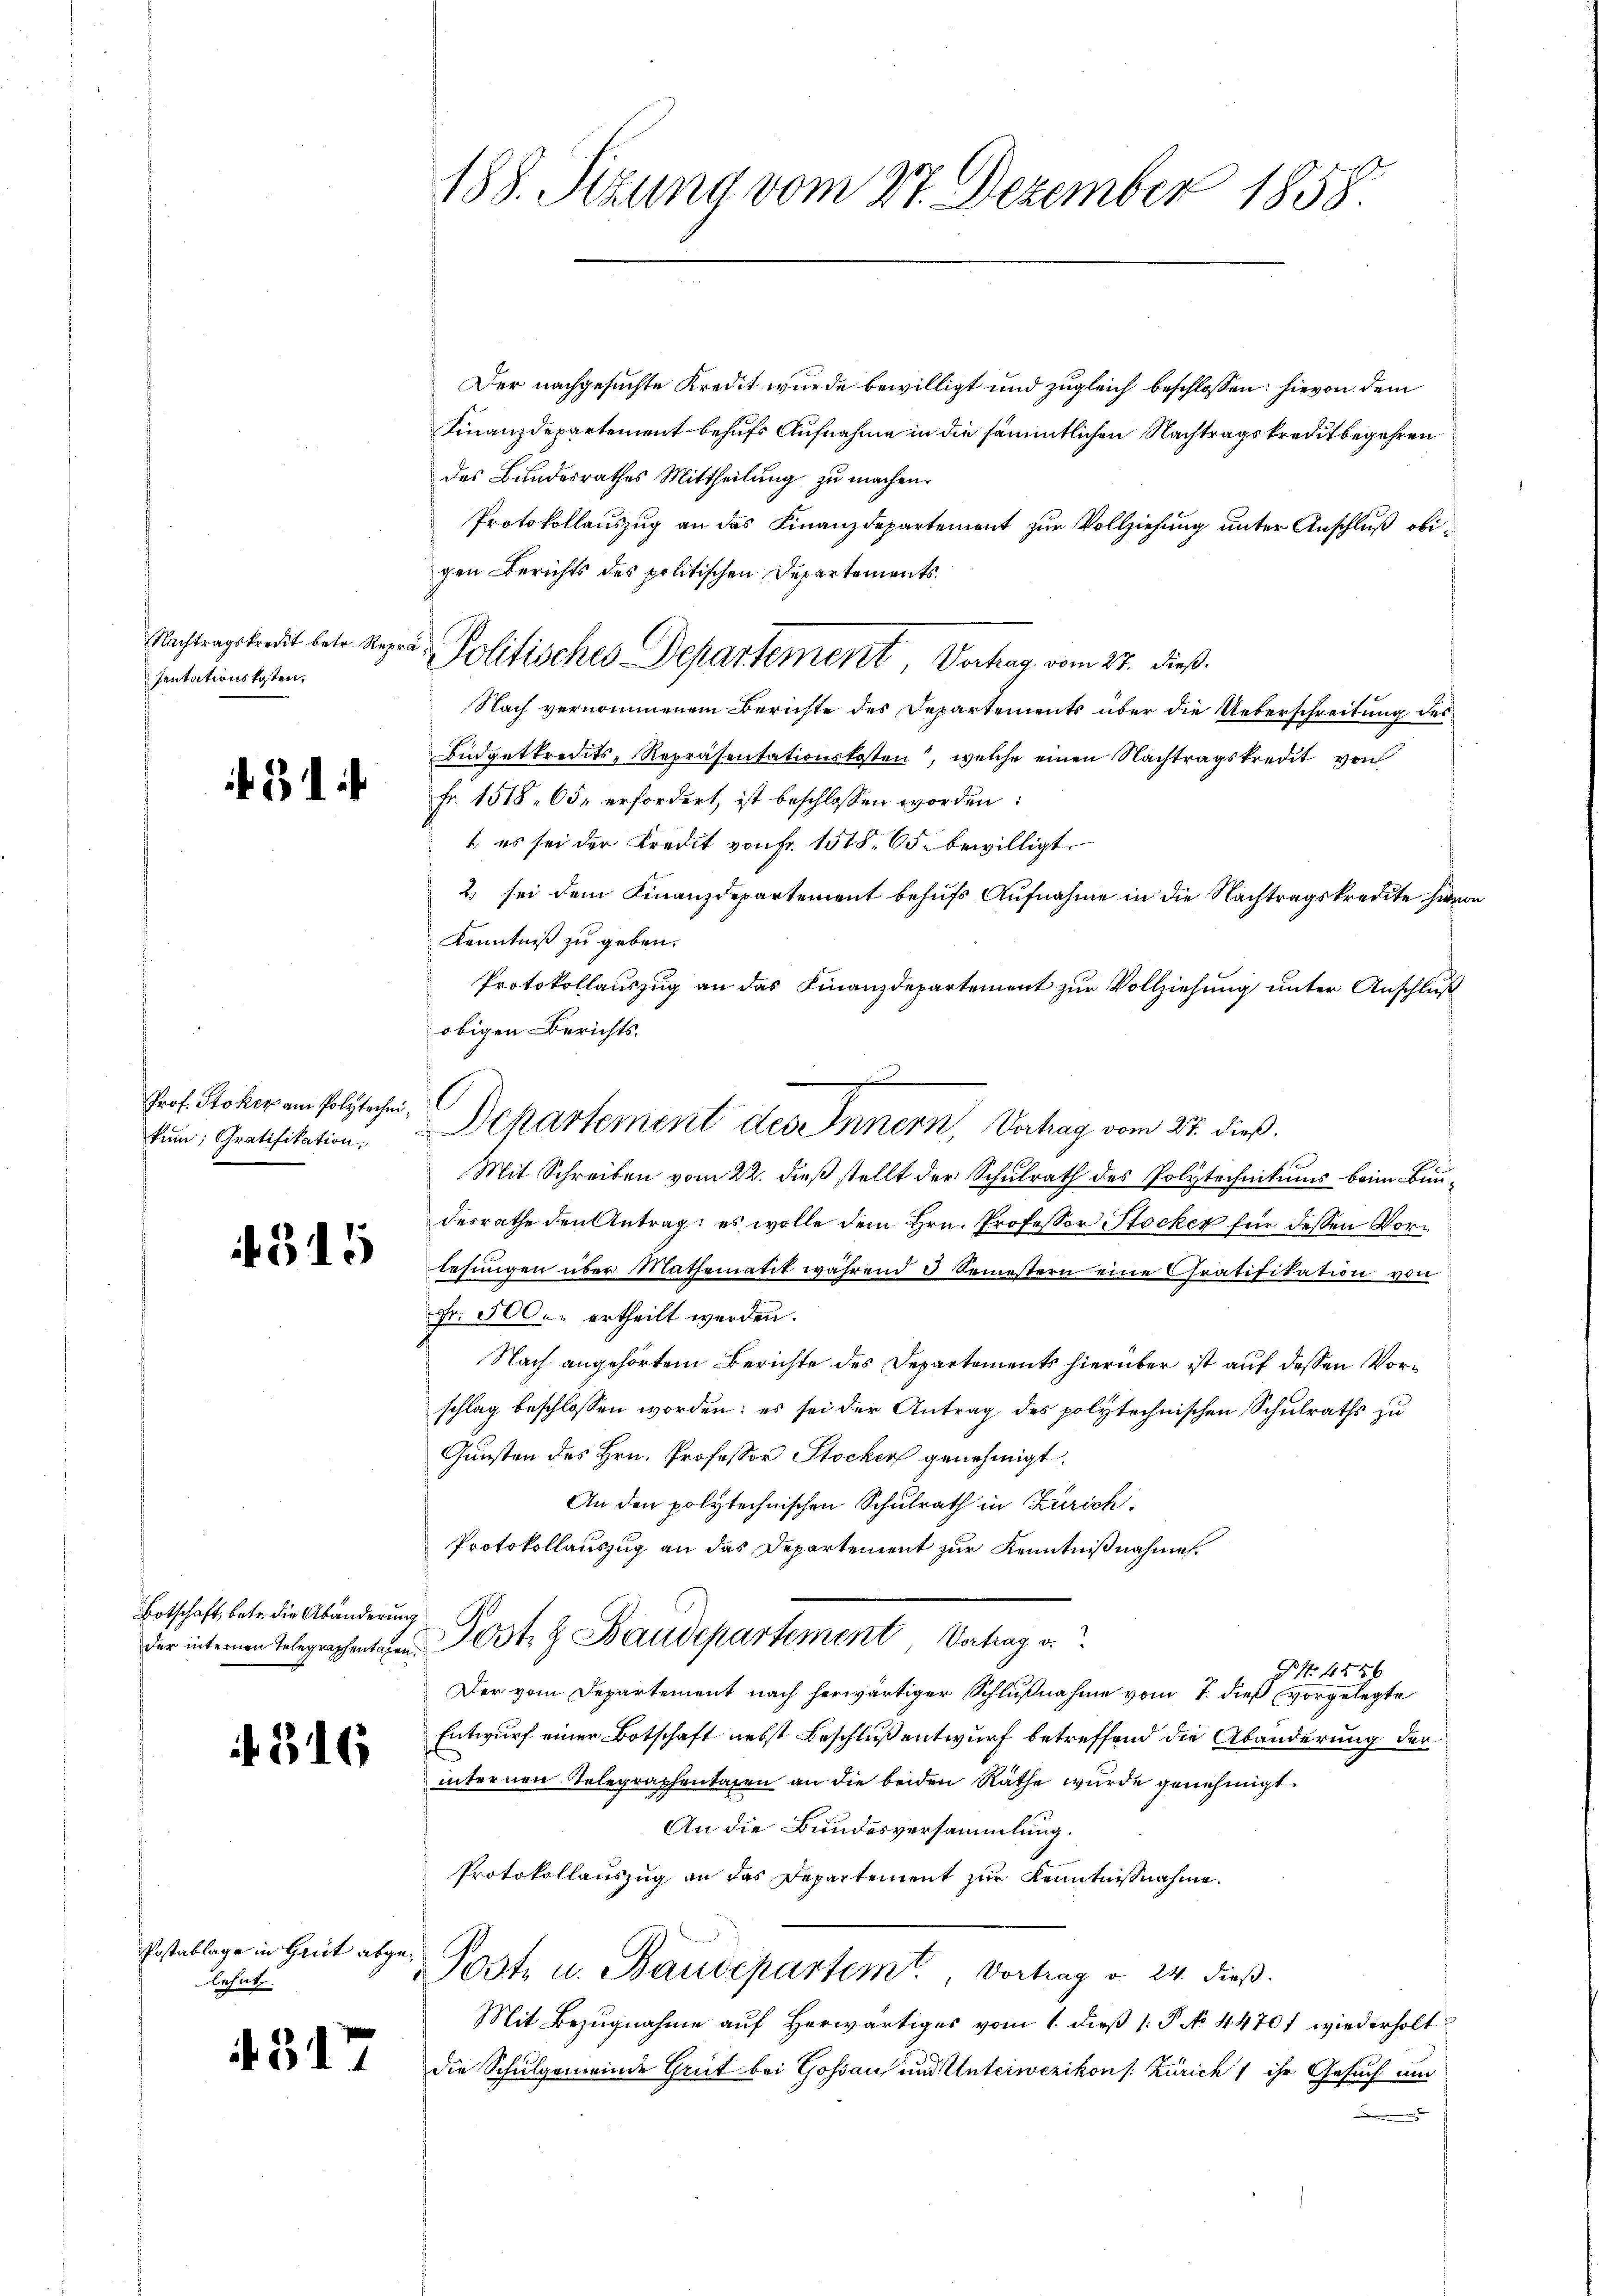
Nachtragskredit betr. Repro
sentationskosten,

431 f

Prof. Stoker am Polytechen,
kum; Gratifikation

f 315

Botschaft, betr. die Abänderung

316

Postablage in Grüt abgelehnt.

if. 31

188. Sitzung vom 27. Dezember 1858.

Der nachgesuchte Kredit wurde bewilligt und zugleich beschlossen: hievon dem
Finanzdepartement behufs Aufnahme in die sämmtlichen Nachtragskreditbegehren
des Bundesrathes Mittheilung zu machen.
Protokollauszug an das Finanzdepartement zur Vollziehung unter Anschluß obigen Berichts des politischen Departements¬
u. Politisches Departement, Vertrag vom 27. dieß.
Nach vernommenem Berichte des Departements über die Ueberschreitung des
Büdgetkredits-Repräsentationskosten, welche einen Nachtragskredit von
Fr. 1518. 65. erfordert, ist beschlossen worden:
1, es sei der Kredit von Fr. 1518. 65. bewilligt.
2 sei dem Finanzdepartement behufs Aufnahme in die Nachtragskredite hier
Kenntniß zu geben.
Protokollauszug an das Finanzdepartement zur Vollziehung unter Anschluß
obigen Berichts.
Mit Schreiben vom 22. dieß stellt der Schulrath des Polytechnikums beim Bundesrathe den Antrag: es wolle dem Hrn. Professor Stocker für dessen Vorlesungen über Mathematik während 3 Semestern eine Gratifikation von
Fr. 500. ertheilt werden.
Nach angehörtem Berichte des Departements hierüber ist auf dessen Vorschlag beschlossen worden; es sei der Antrag des polytechnischen Schulraths zu
Gunsten des Hrn. Professor Stockers genehmigt.
An den polytechnischen Schulrath in Zürich.
Protokollauszug an das Departement zur Kenntnißnahme
der internen Gelegraphenten Post & Baudepartement Vertrag v.
 44 xx
Der vom Departement nach herwärtiger Schlußnahme vom 7. dieß vorgelegte
Entwurf einer Botschaft nebst Beschluß entwurf betreffend die Abänderung der
internen Telegraphentagen an die beiden Räthe wurde genehmigt
An die Bundesversammlung.
Protokollauszug an das Departement zur Kenntnißnahme
PPost u. Baudepartemt. Vortrag v. 24. dieß.
Mit Bezŭgnahme aŭf herwärtiges vom 1. dieβ 1. P. No 44701 wiederholt
die Schulgemeinde Greit bei Gossau und Unterwezikon (: Zürich ihr Gesuch um
.

Departement des Innern, Vertrag vom 27. dieß.